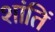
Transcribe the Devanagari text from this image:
शांतिं